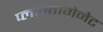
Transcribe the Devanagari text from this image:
प्लान्तागेनेट